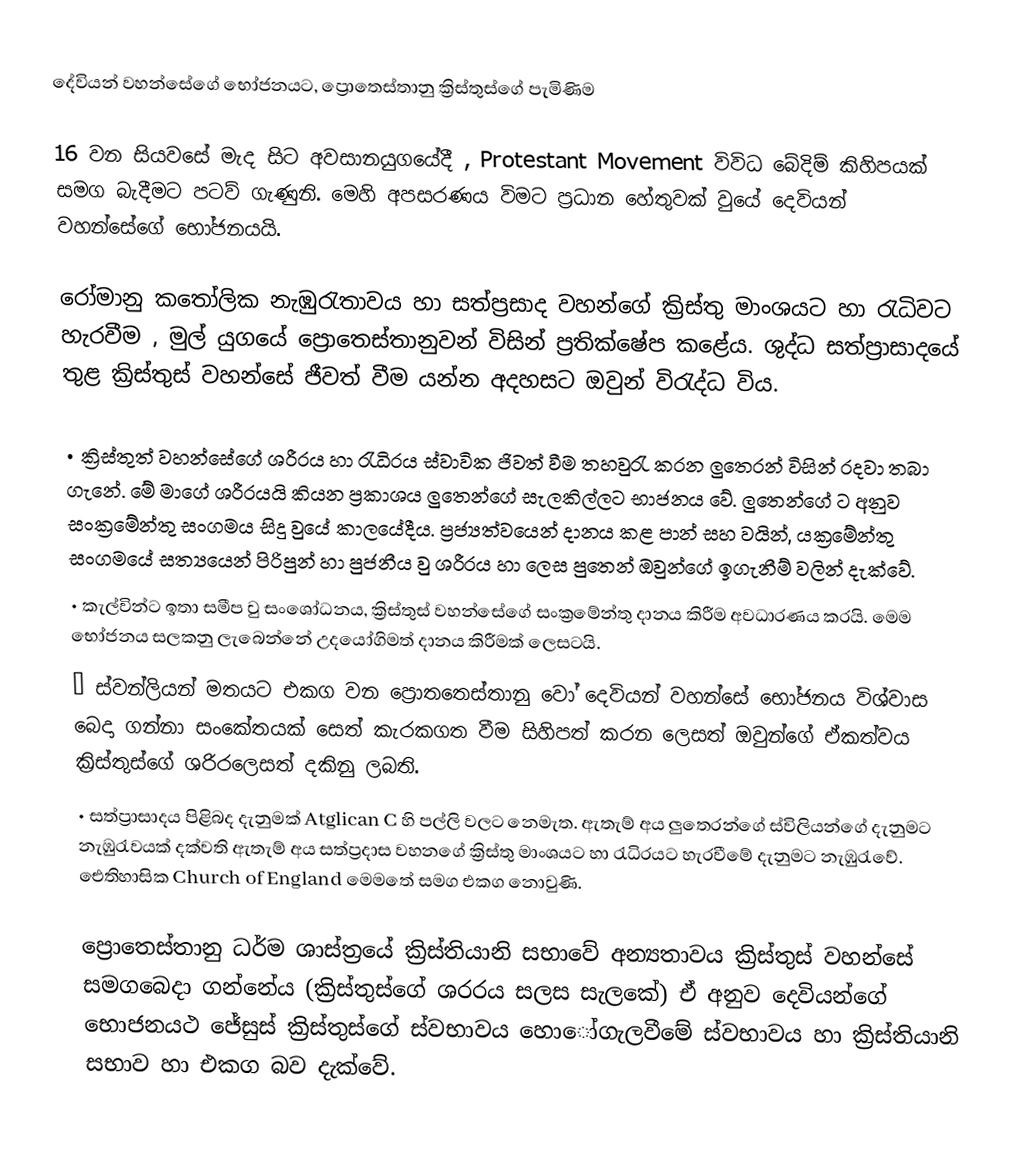
‍දේවියන් වහන්සේගේ භෝජනයට, ප්‍රොතෙස්තානු ක්‍රිස්තුස්ගේ පැමිණිම

16 වන සියවසේ මැද සිට අවසානයුගයේදී , Protestant Movement  විවිධ බේදිම් කිහිපයක් සමග බැදීමට ‍පටව් ගැණුනි. මෙහි අපසරණය විමට ප්‍රධාන හේතුවක් වුයේ දෙවියන් වහන්සේගේ භෝජනයයි.

රෝමානු කතෝලික නැඹුරැතාවය හා සත්ප්‍රසාද වහන්ගේ ක්‍රිස්තු මාංශයට හා රැධිවට හැරවීම , මුල් යුගයේ ප්‍රොතෙස්තානුවන් විසින් ප්‍රතික්ෂේප කළේය. ශුද්ධ සත්ප්‍රාසාදයේ තුළ ක්‍රිස්තුස් වහන්සේ ජීවත් වීම යන්න අදහසට ඔවුන් විරැද්ධ විය.

•	ක්‍රිස්තුත් වහන්සේගේ ශරීරය හා රැධිරය ස්වාවික ජිවත් වීම තහවුරැ කරන 	 ලුතෙරන් විසින් රදවා තබා ගැනේ. මේ මාගේ ශරීරයයි කියන ප්‍රකාශය ලුතෙන්ගේ සැලකිල්ලට භාජනය වේ. ලුතෙන්ගේ 			 ට අනුව සංක්‍රමේන්තු සංගමය සිදු වුයේ 		 කාලයේදීය. ප්‍රජ්‍යත්වයෙන් දානය කළ පාන් සහ වයින්, යක්‍රමේන්තු සංගමයේ සත්‍යයෙන් පිරිපුන් හා පුජනීය වු ශරීරය හා ලෙස ‍පුතෙන් ඔවුන්ගේ ඉගැනීම් වලින් දැක්වේ.
•	කැල්වින්ට ඉතා සමීප වු සංශෝධනය, ක්‍රිස්තුස් වහන්සේගේ සංක්‍රමේන්තු දානය කිරීම අවධාරණය කරයි. මෙම භෝජනය සලකනු ලැබෙන්නේ උද‍යෝගිමත් දානය කිරීමක් ලෙසටයි.
•	ස්වන්ලියන් මතයට එකග වන ප්‍රොතතෙස්තානු වෝ දෙවියන් වහන්සේ භෝජනය විශ්වාස බෙදා ගන්නා සංකේතයක් සෙත් කැරකගත වීම සිහිපත් කරන ලෙසත් ඔවුන්ගේ ඒකත්වය ක්‍රිස්තුස්ගේ ශරිරලෙසත් දකිනු ලබති.
•	සත්ප්‍රාසාදය පිළිබද දැනුමක් Atglican C			හි පල්ලි වලට නෙමැත. ඇතැම් අය ලුතෙරන්ගේ ස්විලියන්ගේ දැනුමට නැඹුරැවයක් දක්වති ඇතැම් අය සත්ප්‍රදාස වහනගේ ක්‍රිස්තු මාංශයට හා රැධිරයට හැරවීමේ දැනුමට නැඹුරැවේ. ඓතිහාසික Church of England 		 මෙමතේ සමග එකග නොවුණි.

ප්‍රොතෙස්තානු ධර්ම ශාස්ත්‍රයේ ක්‍රිස්තියානි සභාවේ අන්‍යතාවය ක්‍රිස්තුස් වහන්සේ සමගබෙදා ගන්නේය (ක්‍රිස්තුස්ගේ ශරරය සලස සැලකේ) ඒ අනුව දෙවියන්ගේ භොජනයථ ජේසුස් ක්‍රිස්තුස්ගේ ස්වභාවය හොෝගැලවීමේ ස්වභාවය හා ක්‍රිස්තියානි සභාව හා එකග බව දැක්වේ.